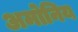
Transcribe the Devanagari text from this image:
अमोनिय